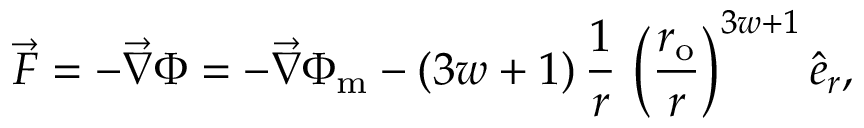
\vec { F } = - \vec { \nabla } \Phi = - \vec { \nabla } \Phi _ { \mathrm { m } } - ( 3 w + 1 ) \, \frac { 1 } { r } \, \left( \frac { r _ { \mathrm { { o } } } } { r } \right) ^ { 3 w + 1 } \hat { e } _ { r } ,